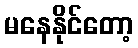
မနေနိုင်တော့